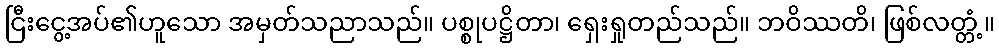
ငြီးငွေ့အပ်၏ဟူသော အမှတ်သညာသည်။ ပစ္စုပဋ္ဌိတာ၊ ရှေးရှုတည်သည်။ ဘဝိဿတိ၊ ဖြစ်လတ္တံ့။